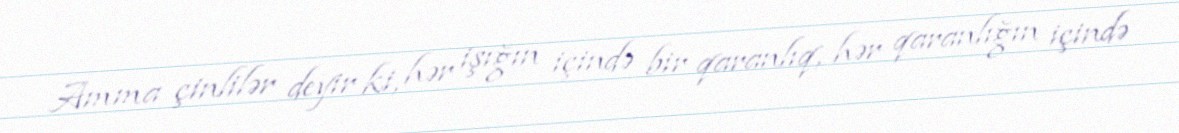
Amma çinlilər deyir ki, hər işığın içində bir qaranlıq, hər qaranlığın içində